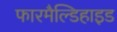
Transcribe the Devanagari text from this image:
फारमैल्डिहाइड